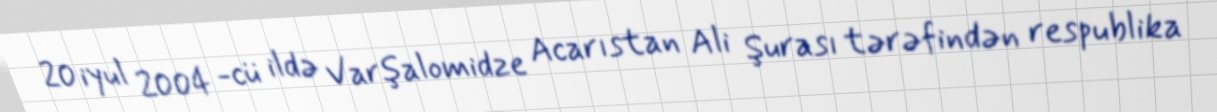
20 iyul 2004 -cü ildə Varşalomidze Acarıstan Ali Şurası tərəfindən respublika